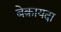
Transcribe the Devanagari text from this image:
बेक़ायदा